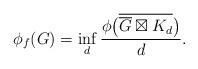
LaTeX: \begin{align*}\phi_f(G) = \inf_d \frac{\phi\bigl( \overline{\overline{G} \boxtimes K_d} \bigr)}{d}.\end{align*}